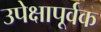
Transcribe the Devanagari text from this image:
उपेक्षापूर्वक